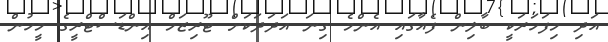
އަދި މިފަހަރަކީ ބާލިން ފެއާގައި އެންމެ ގިނަ އަދަދަކަށް ޓޫރިޒަމް އިންޑަސްޓްރީގެ މީހުން